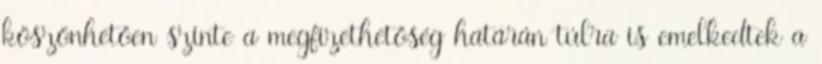
köszönhetően szinte a megfizethetőség határán túlra is emelkedtek a